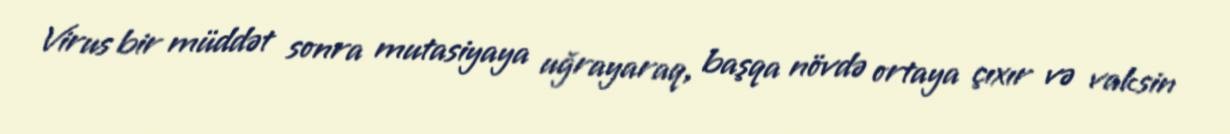
Virus bir müddət sonra mutasiyaya uğrayaraq, başqa növdə ortaya çıxır və vaksin